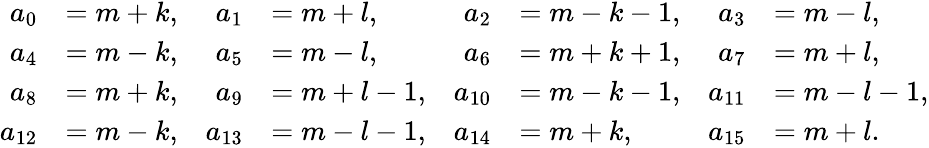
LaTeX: \begin{array}{rlrlrlrl}{a_{0}}&{=m+k,}&{a_{1}}&{=m+l,}&{a_{2}}&{=m-k-1,}&{a_{3}}&{=m-l,}\\ {a_{4}}&{=m-k,}&{a_{5}}&{=m-l,}&{a_{6}}&{=m+k+1,}&{a_{7}}&{=m+l,}\\ {a_{8}}&{=m+k,}&{a_{9}}&{=m+l-1,}&{a_{10}}&{=m-k-1,}&{a_{11}}&{=m-l-1,}\\ {a_{12}}&{=m-k,}&{a_{13}}&{=m-l-1,}&{a_{14}}&{=m+k,}&{a_{15}}&{=m+l.}\end{array}